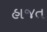
હાજત